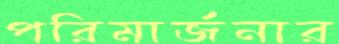
পরিমার্জনার